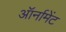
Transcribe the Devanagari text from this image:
ऑर्नामेंट